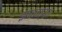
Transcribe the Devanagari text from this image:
झावळ्या